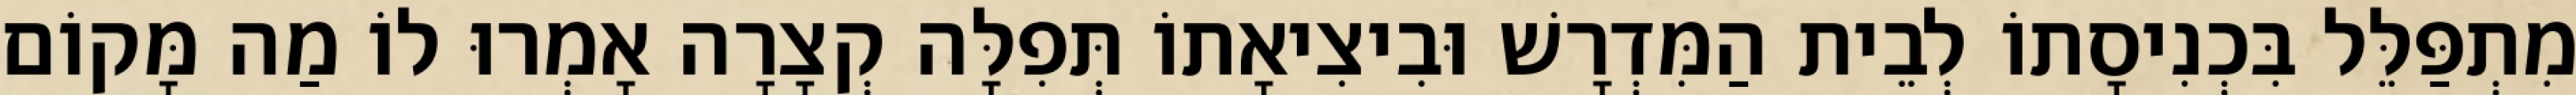
מִתְפַּלֵּל בִּכְנִיסָתוֹ לְבֵית הַמִּדְרָשׁ וּבִיצִיאָתוֹ תְּפִלָּה קְצָרָה אָמְרוּ לוֹ מַה מָּקוֹם